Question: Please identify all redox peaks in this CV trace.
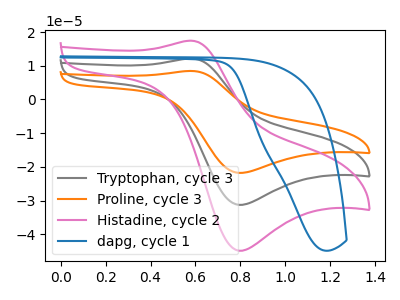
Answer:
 <answer>The gray curve "Tryptophan, cycle 3" has an anodic peak at (0.60V, 12.15uA) and a cathodic peak at (0.80V, -31.25uA). The orange curve "Proline, cycle 3" has an anodic peak at (0.60V, 24.30uA) and a cathodic peak at (0.80V, -62.45uA). The pink curve "Histadine, cycle 2" has an anodic peak at (0.60V, 17.45uA) and a cathodic peak at (0.80V, -44.85uA). The blue curve "dapg, cycle 1" has no peaks.</answer>
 <eval></eval>